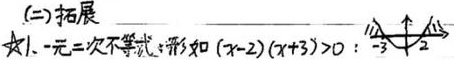
(二)拓展★1. 一元二次不等式：形如\((x - 2)(x + 3)>0\)：（此处因原内容是手写图像无法以标准LaTeX准确呈现，用文字示意原图像位置，实际LaTeX中图像部分有专门的处理方式，这里主要是呈现文字和公式部分）